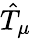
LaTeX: \hat{T}_{\mu}